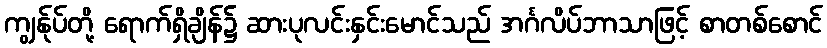
ကျွန်ုပ်တို့ ရောက်ရှိချိန်၌ ဆားပုလင်းနှင်းမောင်သည် အင်္ဂလိပ်ဘာသာဖြင့် စာတစ်စောင်